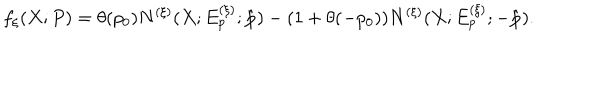
f _ { \xi } ( X ; P ) = \theta ( p _ { 0 } ) N ^ { ( \xi ) } ( X ; E _ { p } ^ { ( \xi ) } ; \hat { \bf p } ) - ( 1 + \theta ( - p _ { 0 } ) ) N ^ { ( \xi ) } ( X ; E _ { p } ^ { ( \xi ) } ; - \hat { \bf p } ) .